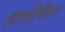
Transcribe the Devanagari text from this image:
हाथीपैला